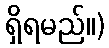
ရှိရမည်။)